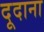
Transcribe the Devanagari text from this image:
दूदाना